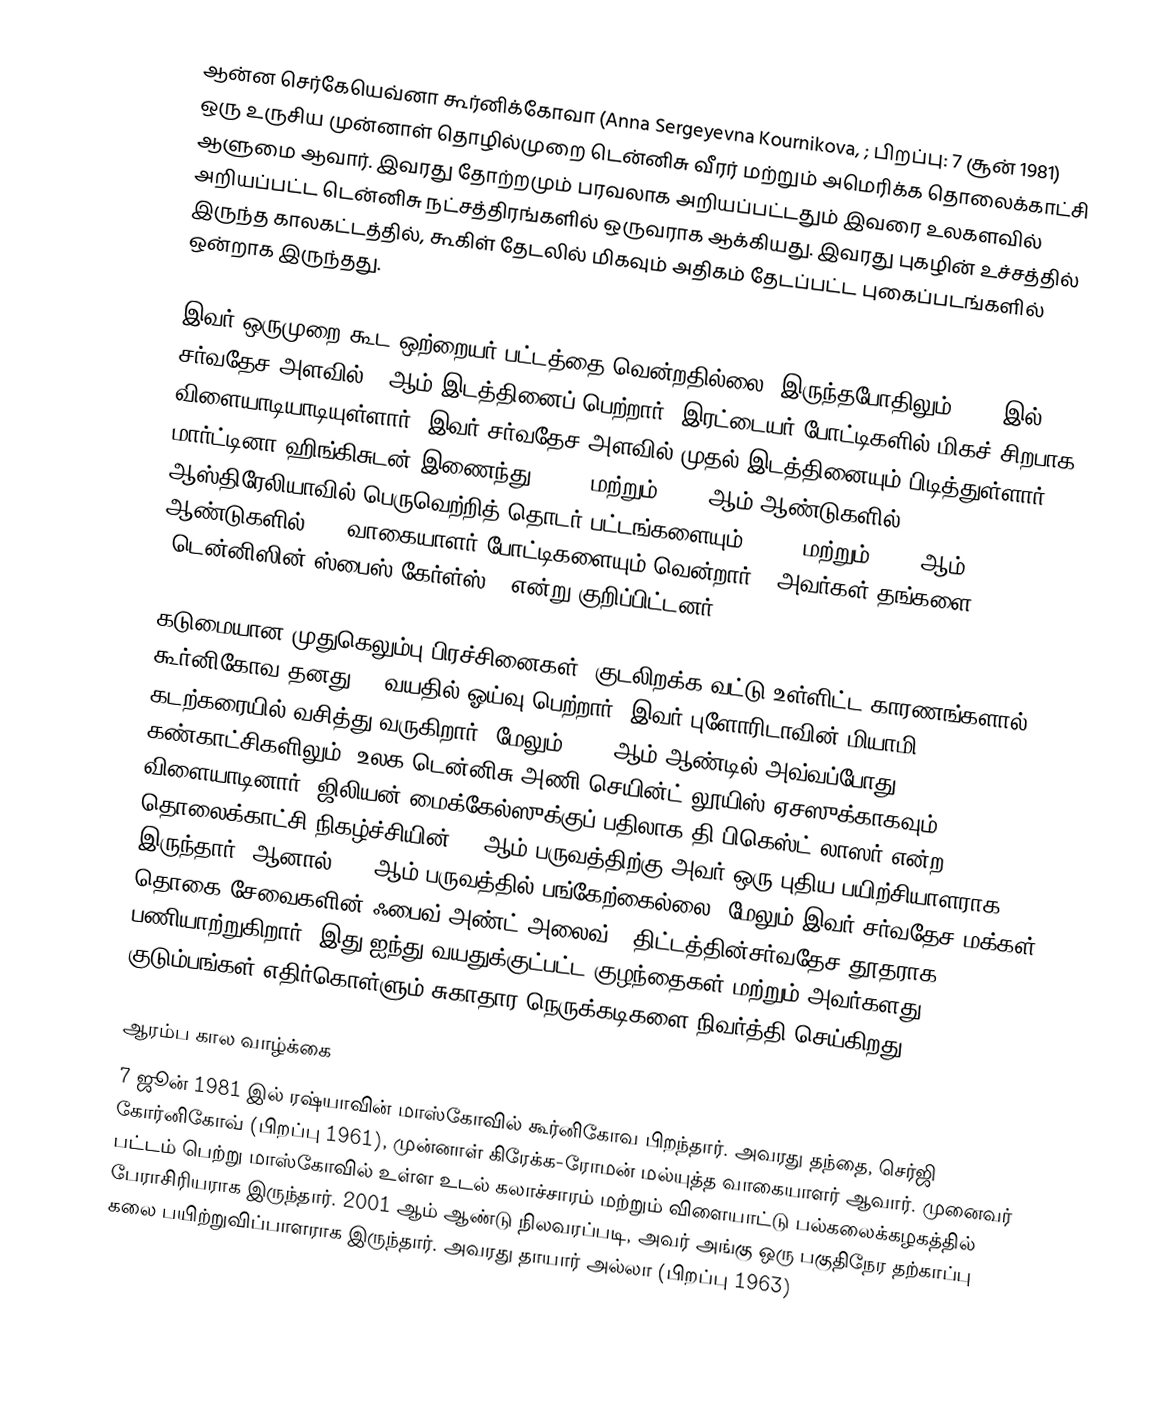
ஆன்ன செர்கேயெவ்னா கூர்னிக்கோவா (Anna Sergeyevna Kournikova, ; பிறப்பு: 7 சூன் 1981) ஒரு உருசிய முன்னாள் தொழில்முறை டென்னிசு  வீரர் மற்றும் அமெரிக்க தொலைக்காட்சி ஆளுமை ஆவார். இவரது தோற்றமும் பரவலாக அறியப்பட்டதும்  இவரை உலகளவில் அறியப்பட்ட டென்னிசு  நட்சத்திரங்களில் ஒருவராக ஆக்கியது. இவரது புகழின் உச்சத்தில் இருந்த காலகட்டத்தில், கூகிள் தேடலில் மிகவும் அதிகம் தேடப்பட்ட புகைப்படங்களில் ஒன்றாக இருந்தது.

இவர் ஒருமுறை கூட ஒற்றையர் பட்டத்தை வென்றதில்லை. இருந்தபோதிலும் 2000 இல் சர்வதேச அளவில் 8 ஆம் இடத்தினைப் பெற்றார். இரட்டையர் போட்டிகளில் மிகச் சிறபாக விளையாடியாடியுள்ளார். இவர் சர்வதேச அளவில் முதல் இடத்தினையும் பிடித்துள்ளார். மார்ட்டினா ஹிங்கிசுடன் இணைந்து, 1999 மற்றும் 2002 ஆம் ஆண்டுகளில் ஆஸ்திரேலியாவில் பெருவெற்றித் தொடர் பட்டங்களையும், 1999 மற்றும் 2000 ஆம் ஆண்டுகளில் WTA வாகையாளர் போட்டிகளையும் வென்றார் . அவர்கள் தங்களை "டென்னிஸின் ஸ்பைஸ் கேர்ள்ஸ் " என்று குறிப்பிட்டனர்.

கடுமையான முதுகெலும்பு பிரச்சினைகள், குடலிறக்க வட்டு உள்ளிட்ட காரணங்களால் கூர்னிகோவ தனது 21 வயதில் ஓய்வு பெற்றார். இவர் புளோரிடாவின் மியாமி கடற்கரையில் வசித்து வருகிறார், மேலும் 2011 ஆம் ஆண்டில் அவ்வப்போது கண்காட்சிகளிலும், உலக டென்னிசு  அணி  செயின்ட் லூயிஸ் ஏசஸுக்காகவும் விளையாடினார்.  ஜிலியன் மைக்கேல்ஸுக்குப் பதிலாக தி பிகெஸ்ட் லாஸர் என்ற தொலைக்காட்சி நிகழ்ச்சியின் 12 ஆம் பருவத்திற்கு அவர் ஒரு புதிய பயிற்சியாளராக இருந்தார். ஆனால், 13 ஆம் பருவத்தில் பங்கேற்கைல்லை. மேலும் இவர் சர்வதேச மக்கள் தொகை சேவைகளின் ஃபைவ் அண்ட் அலைவ் " திட்டத்தின்சர்வதேச தூதராக பணியாற்றுகிறார், இது ஐந்து வயதுக்குட்பட்ட குழந்தைகள் மற்றும் அவர்களது குடும்பங்கள் எதிர்கொள்ளும் சுகாதார நெருக்கடிகளை நிவர்த்தி செய்கிறது.

ஆரம்ப கால வாழ்க்கை
7 ஜூன் 1981 இல் ரஷ்யாவின் மாஸ்கோவில் கூர்னிகோவ பிறந்தார். அவரது தந்தை, செர்ஜி கோர்னிகோவ் (பிறப்பு 1961), முன்னாள் கிரேக்க-ரோமன் மல்யுத்த வாகையாளர் ஆவார். முனைவர் பட்டம் பெற்று  மாஸ்கோவில் உள்ள உடல் கலாச்சாரம் மற்றும் விளையாட்டு பல்கலைக்கழகத்தில் பேராசிரியராக இருந்தார். 2001 ஆம் ஆண்டு நிலவரப்படி, அவர் அங்கு ஒரு பகுதிநேர தற்காப்பு கலை பயிற்றுவிப்பாளராக இருந்தார். அவரது தாயார் அல்லா (பிறப்பு 1963)